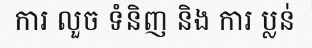
ការ លួច ទំនិញ និង ការ ប្លន់